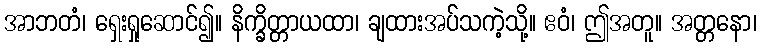
အာဘတံ၊ ရှေးရှုဆောင်၍။ နိက္ခိတ္တာယထာ၊ ချထားအပ်သကဲ့သို့။ ဧဝံ၊ ဤအတူ။ အတ္တနော၊